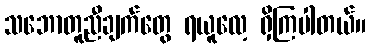
သဘောတူညီချက်တွေ ရယူလေ့ ရှိကြပါတယ်။